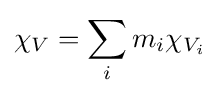
\chi _{V}=\sum _{i}m_{i}\chi _{V_{i}}